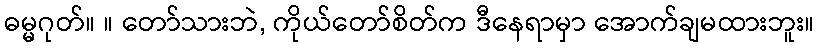
ဓမ္မဂုတ်။ ။ တော်သားဘဲ, ကိုယ်တော်စိတ်က ဒီနေရာမှာ အောက်ချမထားဘူး။